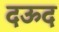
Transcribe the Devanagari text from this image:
दऊद